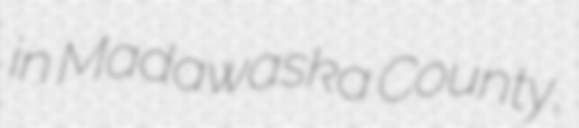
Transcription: in Madawaska County,